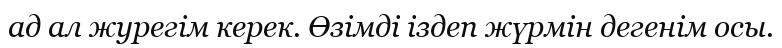
ад ал журегім керек. Өзімді іздеп жүрмін дегенім осы.